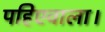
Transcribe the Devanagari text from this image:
पहिएवाला।